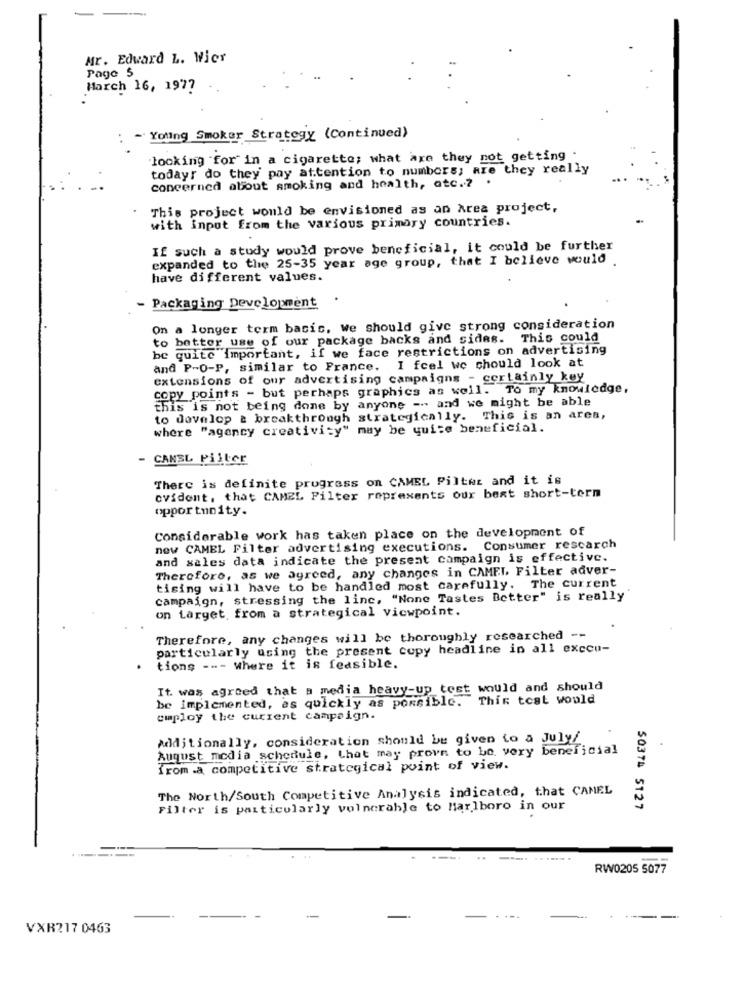
Mr. Edward L. Wier
Page 5
Harch 16, 1977
- Yoting Smoker Strategy (Continued)
looking for" in a cigarette; what are they not getting .
todayr do they pay attention to numbers; are they really
concerned about smoking and health, etc .?
This project would be envisioned as an Area project,
with input from the various primary countries.
If such a study would prove beneficial, it could be further
expanded to the 25-35 year age group, that I believe would
have different values.
- Packaging Development
On a longer term basic, we should give strong consideration
to better use of our package backs and sides. This could
be quite important, if we face restrictions on advertising
and P-O-P, similar to France. I fcel we should look at
extensions of our advertising campaigns - certainly key
copy points - but perhaps graphics as well. To my knowledge,
this is not being done by anyone -- and we might be able
to develop a breakthrough strategically.
This is an area,
where "agency creativity" may be quite beneficial.
CANSL Pilter
There is definite progress on CAMEL Piltez and it is
cvidont, that CAMEL Filter represents our best short-term
opportunity.
Considerable work has taken place on the development of
new CAMEL Filter advertising executions. Consumer rescarch
and sales data indicate the present campaign is effective.
Therefore, as we agreed, any changes in CAMEL Filter adver-
tising will have to be handled most carefully. The current
campaign, stressing the line, "None Tastes Better" is really
on target, from a strategical viewpoint.
Therefore, any changes will be thoroughly researched --
particularly using the present copy headline in all exccu-
tions --- Where it is feasible.
It. was agreed that a media heavy-up test would and should
be implemented, as quickly as possible.
This test would
employ the current campaign.
Additionally, consideration should be given to a July/
August media schedule, that may prove to be very beneficial
from .a competitive strategical point of view.
The North/South Competitive Analysis indicated, that CAMEL
Filter is particularly vulnerable to Marlboro in our
50374 5127
RW0205 5077
VXR217 0463